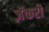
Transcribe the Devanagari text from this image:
ज़ॅकरी